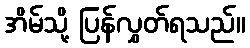
အိမ်သို့ ပြန်လွှတ်ရသည်။